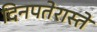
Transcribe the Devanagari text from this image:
दिनपतेरास्ते